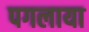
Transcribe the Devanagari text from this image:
पगलाया